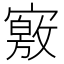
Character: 𡫀